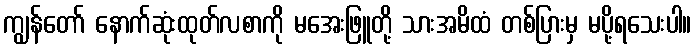
ကျွန်တော် နောက်ဆုံးထုတ်လစာကို မအေးဖြူတို့ သားအမိထံ တစ်ပြားမှ မပို့ရသေးပါ။